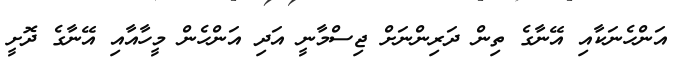
އަންހެނަކާއި އޭނާގެ ތިން ދަރިންނަށް ޖިސްމާނީ އަދި އަންހެން މީހާއާއި އޭނާގެ ދޮށީ